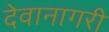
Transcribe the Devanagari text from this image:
देवानागरी